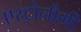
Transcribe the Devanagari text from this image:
एस्ट्रोनौमी